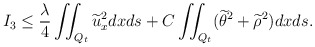
\begin{align*} I_3&\leq \frac\lambda4\iint_{Q_t} \widetilde{u}_x ^2 dxds+C\iint_{Q_t} (\widetilde{\theta}^2+\widetilde{\rho}^2) dxds.\end{align*}